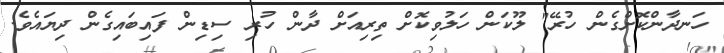
ހަނދާންކޮށްގެން ހުރޭ" ލޫކަން ހަލުވިކޮށް ތިރިއަށް ދާން ހުރި ސިޑިން ފައިބައިގެން ދިޔައެވެ.